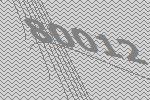
80012